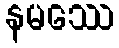
နမဿေ